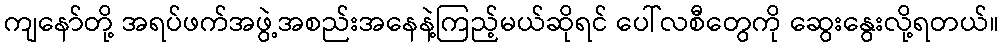
ကျနော်တို့ အရပ်ဖက်အဖွဲ့အစည်းအနေနဲ့ကြည့်မယ်ဆိုရင် ပေါ်လစီတွေကို ဆွေးနွေးလို့ရတယ်။